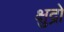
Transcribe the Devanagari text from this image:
क्षुद्रो